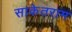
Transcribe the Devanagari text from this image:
साकेतराम